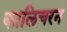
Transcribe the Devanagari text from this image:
कालिचरन